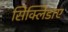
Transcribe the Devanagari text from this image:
सिक्लिडाए